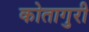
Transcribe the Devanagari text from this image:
कोतागुरी